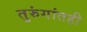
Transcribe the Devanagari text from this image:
तुरुंगांतही